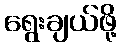
ရွေးချယ်ဖို့